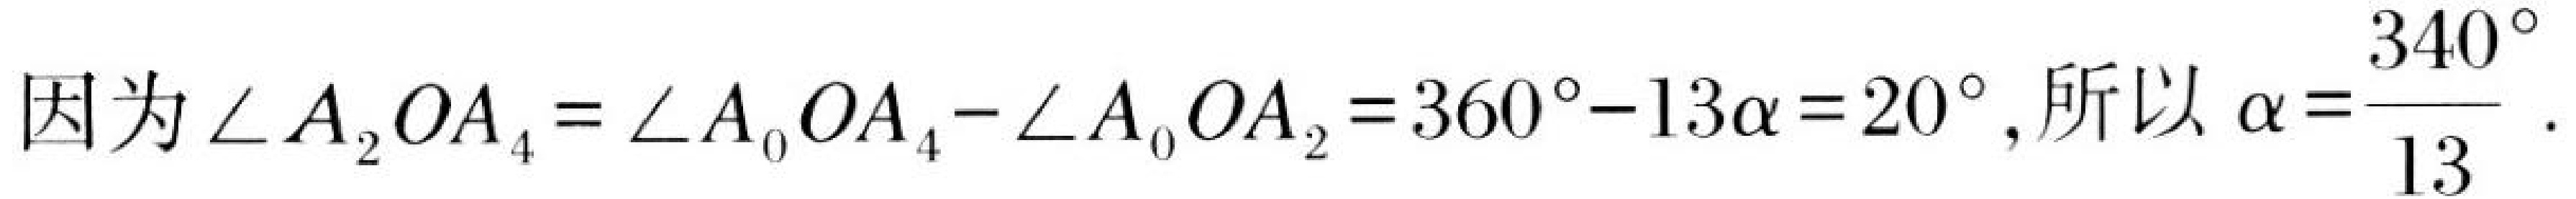
因为\(\angle A_{2}OA_{4}=\angle A_{0}OA_{4}-\angle A_{0}OA_{2}=360^{\circ}-13\alpha = 20^{\circ}\), 所以\(\alpha=\dfrac{340^{\circ}}{13}\).